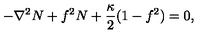
- \nabla ^ { 2 } N + f ^ { 2 } N + \frac { \kappa } { 2 } ( 1 - f ^ { 2 } ) = 0 ,